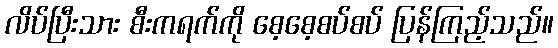
လိပ်ပြီးသား စီးကရက်ကို စေ့စေ့စပ်စပ် ပြန်ကြည့်သည်။